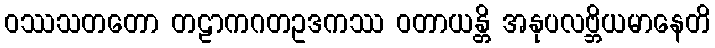
ဝဿသတတော တဠာကဂတဥဒကဿ ဝတာယန္တိ အနုပလဗ္ဘိယမာနေတိ